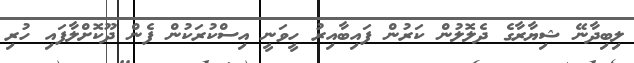
ލިބިދާނޭ ޝިޔާރާގެ ދެލޮލުން ކަރުން ފައިބާއިރު ހީވަނީ އިސްކުރަކުން ފެން ދޫކޮށްލާފައި ހުރި